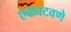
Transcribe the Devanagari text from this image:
एकवटवणे